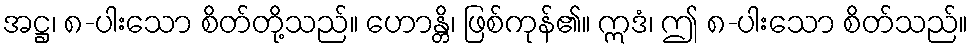
အဋ္ဌ၊ ၈-ပါးသော စိတ်တို့သည်။ ဟောန္တိ၊ ဖြစ်ကုန်၏။ ဣဒံ၊ ဤ ၈-ပါးသော စိတ်သည်။